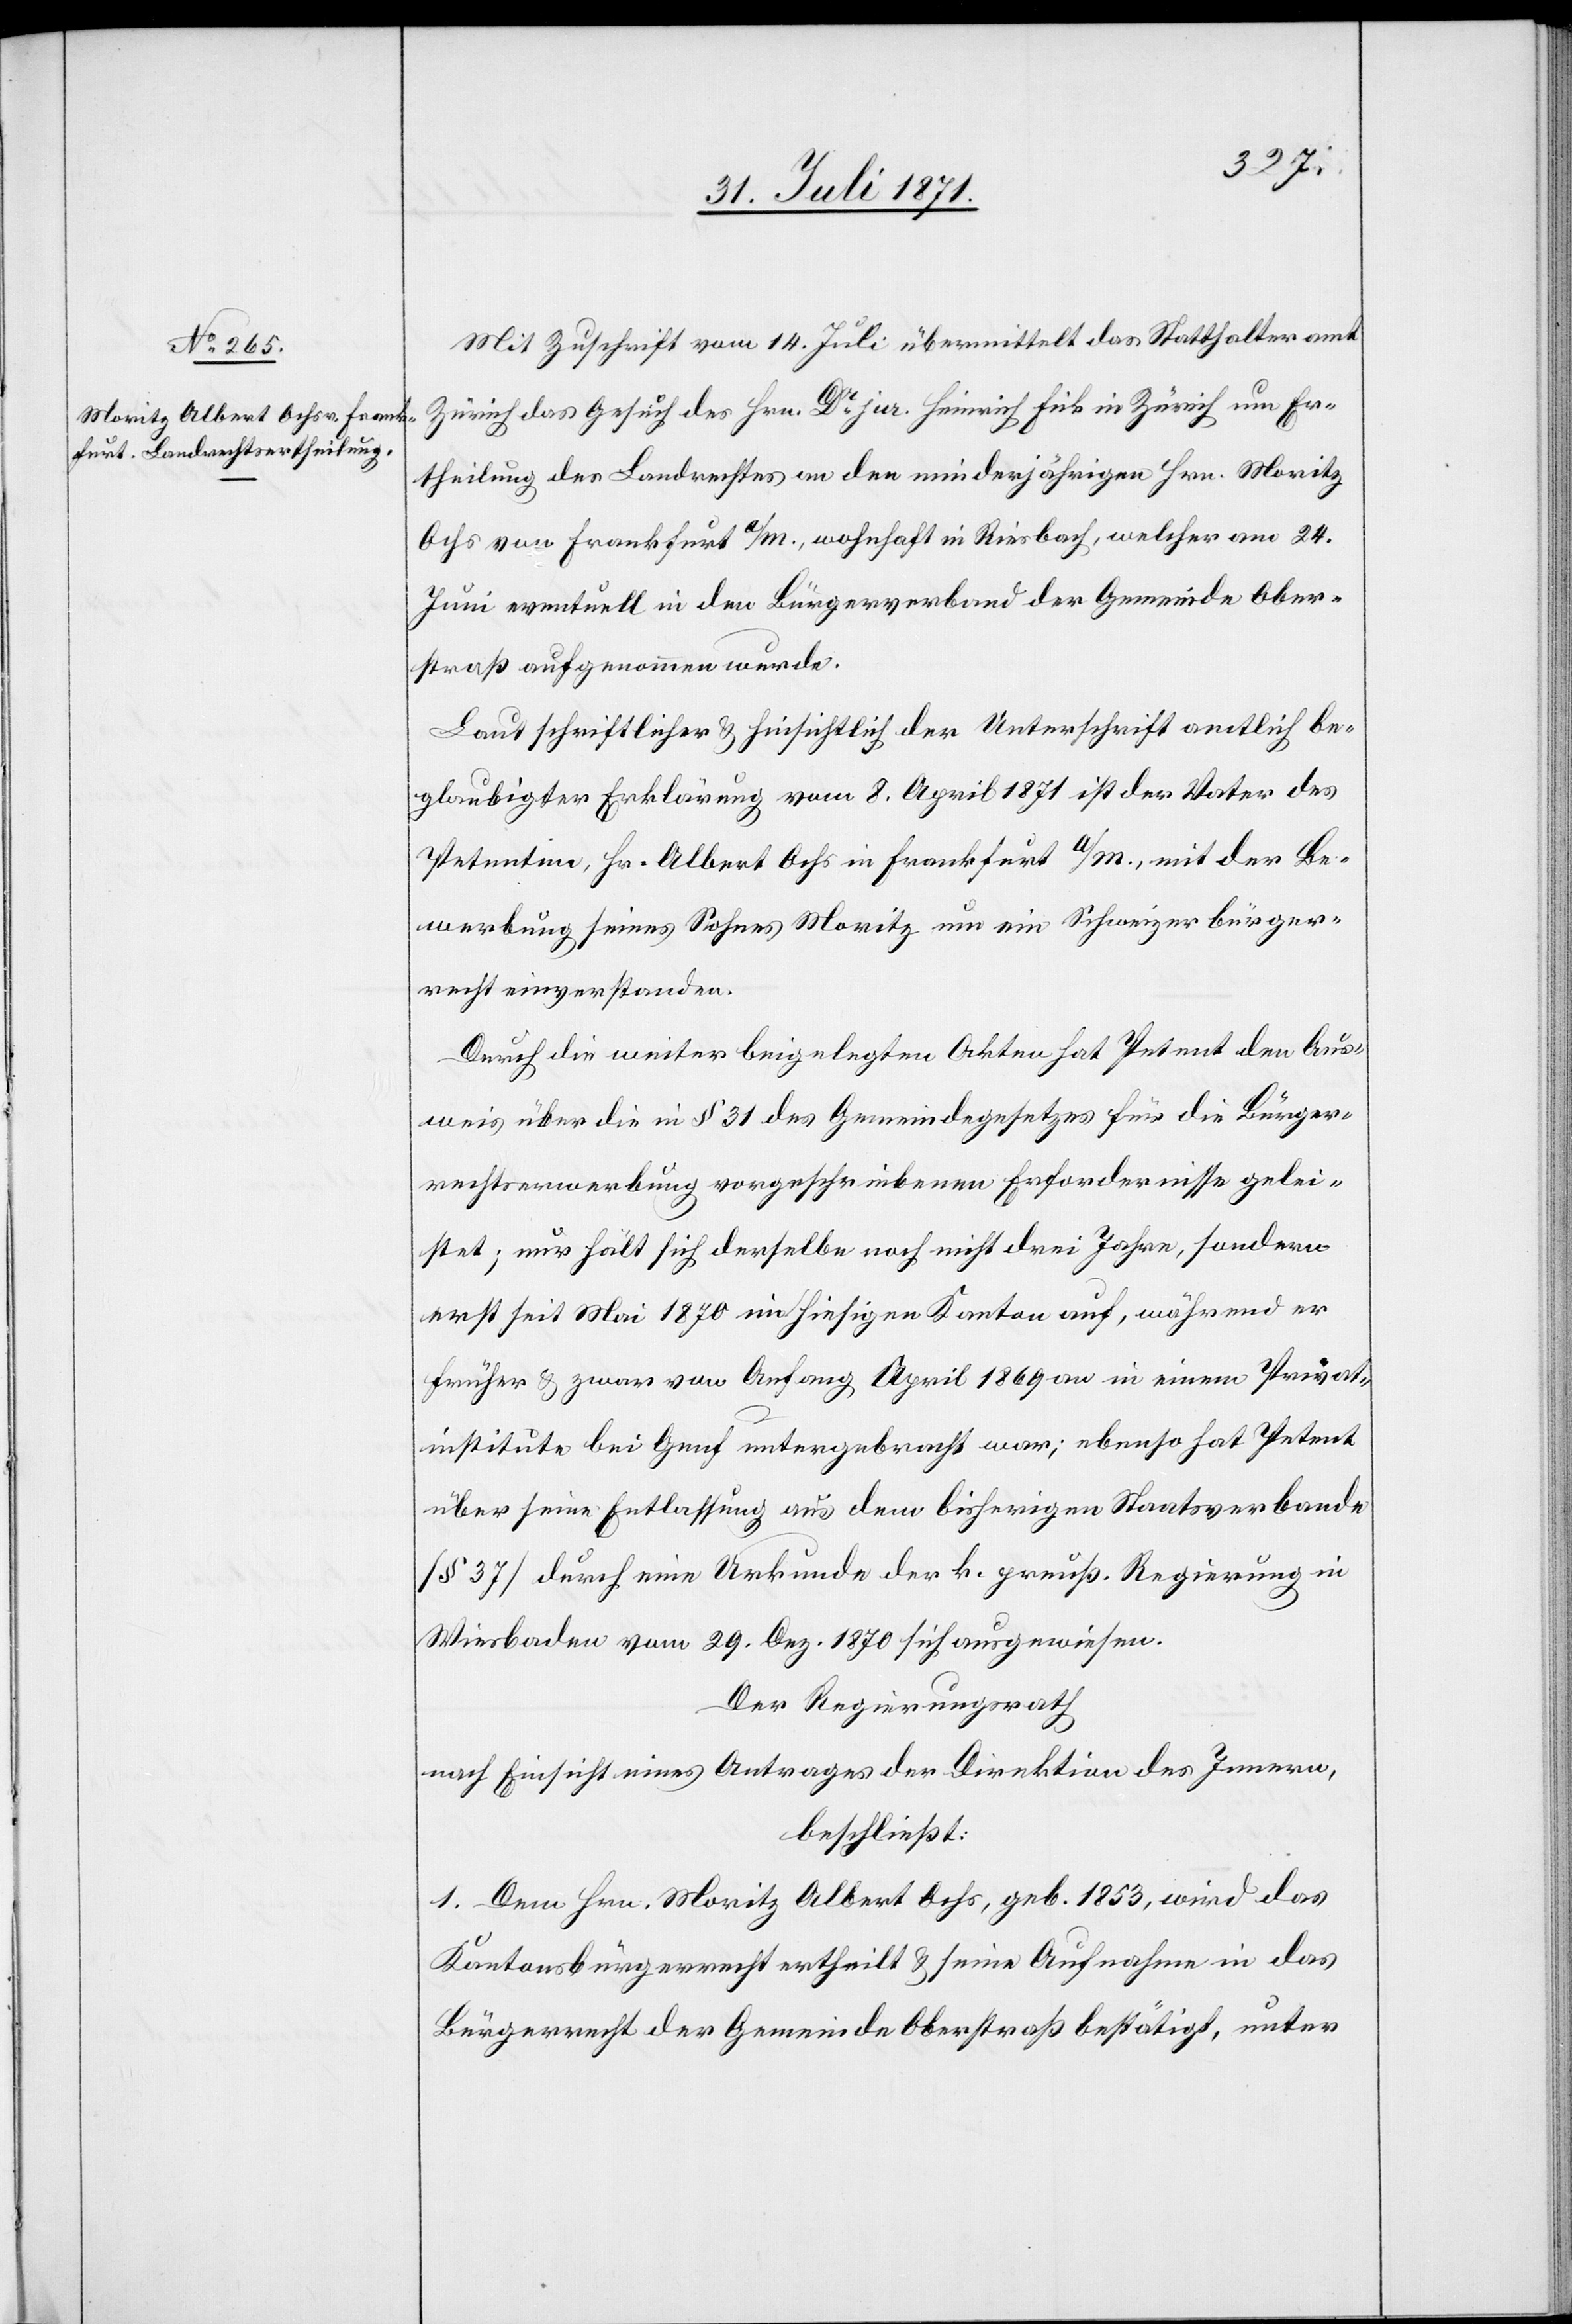
Mit Zuschrift vom 14. Juli übermittelt das Statthalteramt
Zürich das Gesuch des Hrn. Dr. jur. Heinrich Fick in Zürich um Er¬
theilung des Landrechtes an den minderjährigen Hrn. Moritz
Ochs von Frankfurt a./M., wohnhaft in Riesbach, welcher am 24.
Juni eventuell in den Bürgerverband der Gemeinde Ober¬
straß aufgenommen wurde.
Laut schriftlicher u. hinsichtlich der Unterschrift amtlich be¬
glaubigter Erklärung vom 8. April 1871 ist der Vater des
Petenten, Hr. Albert Ochs in Frankfurt a./M., mit der Be¬
werbung seines Sohnes Moritz um ein Schweizerbürger¬
recht einverstanden.
Durch die weiter beigelegten Akten hat Petent den Aus¬
weis über die in § 31 des Gemeindegesetzes für die Bürger¬
rechtserwerbung vorgeschriebenen Erfordernisse gelei¬
stet; nur hält sich derselbe noch nicht drei Jahre, sondern
erst seit Mai 1870 im hiesigen Kanton auf, während er
früher u. zwar von Anfang April 1869 an in einem Privat¬
institute bei Genf untergebracht war; ebenso hat Petent
über seine Entlassung aus dem bisherigen Staatsverbande
[§ 37] durch eine Urkunde der k. preuß. Regierung in
Wiesbaden vom 29. Dez. 1870 sich ausgewiesen.
Der Regierungsrath
nach Einsicht eines Antrages der Direktion des Innern,
beschließt:
1. Dem Hrn. Moritz Albert Ochs, geb. 1853, wird das
Kantonsbürgerrecht ertheilt u. seine Aufnahme in das
Bürgerrecht der Gemeinde Oberstraß bestätigt, unter